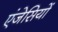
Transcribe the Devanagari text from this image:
एंजेसियों